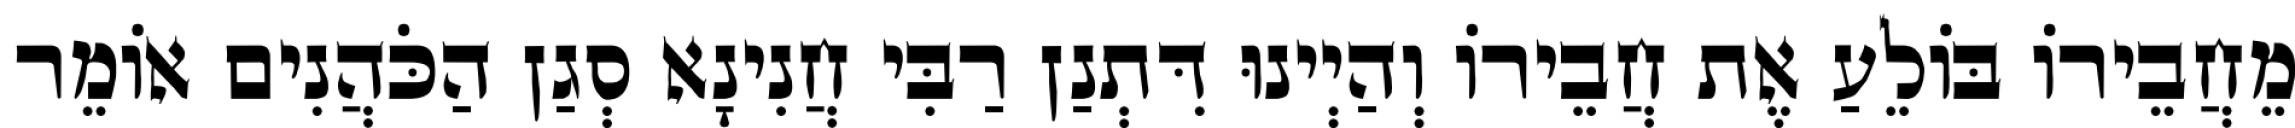
מֵחֲבֵירוֹ בּוֹלֵעַ אֶת חֲבֵירוֹ וְהַיְינוּ דִּתְנַן רַבִּי חֲנִינָא סְגַן הַכֹּהֲנִים אוֹמֵר